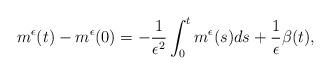
LaTeX: \begin{align*}m^\epsilon(t)-m^\epsilon(0)=-\frac{1}{\epsilon^2}\int_{0}^{t}m^\epsilon(s)ds+\frac{1}{\epsilon}\beta(t),\end{align*}